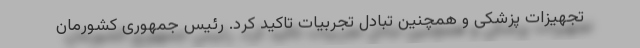
تجهیزات پزشکی و همچنین تبادل تجربیات تاکید کرد. رئیس جمهوری کشورمان